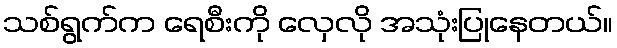
သစ်ရွက်က ရေစီးကို လှေလို အသုံးပြုနေတယ်။